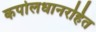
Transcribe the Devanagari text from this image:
कपोलधानरहित